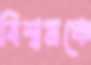
বিশ্বমঞ্চে